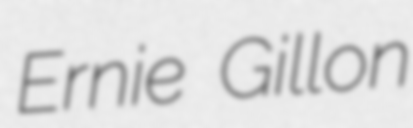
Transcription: Ernie Gillon